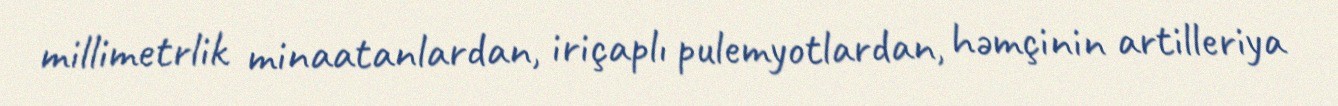
millimetrlik minaatanlardan, iriçaplı pulemyotlardan, həmçinin artilleriya